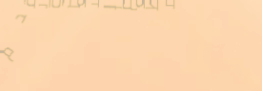
مطعم السعادة يقدم لكم أشه